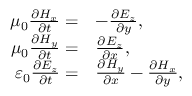
\begin{array} { r l } { \mu _ { 0 } \frac { \partial H _ { x } } { \partial t } = } & { - \frac { \partial E _ { z } } { \partial y } , } \\ { \mu _ { 0 } \frac { \partial H _ { y } } { \partial t } = } & { \frac { \partial E _ { z } } { \partial x } , } \\ { \varepsilon _ { 0 } \frac { \partial E _ { z } } { \partial t } = } & { \frac { \partial H _ { y } } { \partial x } - \frac { \partial H _ { x } } { \partial y } , } \end{array}